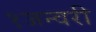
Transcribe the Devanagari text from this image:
१जन्वरी